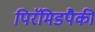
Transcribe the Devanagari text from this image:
पिरॅमिडपैकी